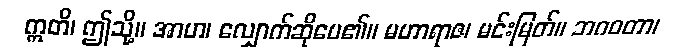
ဣတိ၊ ဤသို့။ အာဟ၊ လျှောက်ဆိုပေ၏။ မဟာရာဇ၊ မင်းမြတ်။ ဘဂဝတာ၊